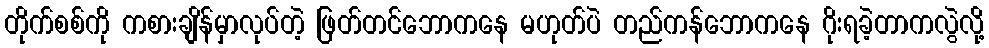
တိုက်စစ်ကို ကစားချိန်မှာလုပ်တဲ့ ဖြတ်တင်ဘောကနေ မဟုတ်ပဲ တည်ကန်ဘောကနေ ဂိုးရခဲ့တာကလွဲလို့